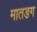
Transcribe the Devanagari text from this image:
मातङग